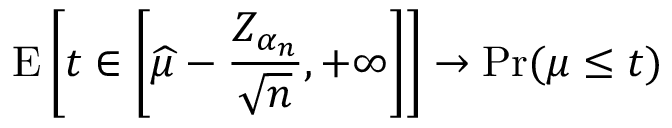
\operatorname { E } \left[ t \in \left[ { \widehat { \mu } } - { \frac { Z _ { \alpha _ { n } } } { \sqrt { n } } } , + \infty \right] \right] \rightarrow \operatorname* { P r } ( \mu \leq t )